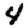
Digit: 4